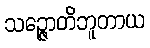
သဉ္ဇောတိဘူတာယ